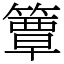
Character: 簟